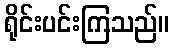
ရိုင်းပင်းကြသည်။